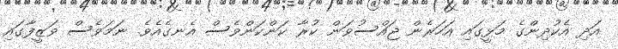
އަދި އެކުދިންގެ މަޅީގައި އަހަރެން ޖައްސުވަން ކުރާ ކަންކަންވެސް އެނގެއެވެ. ނަމަވެސް ވަޒީފާގައި